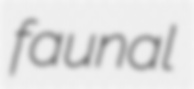
faunal